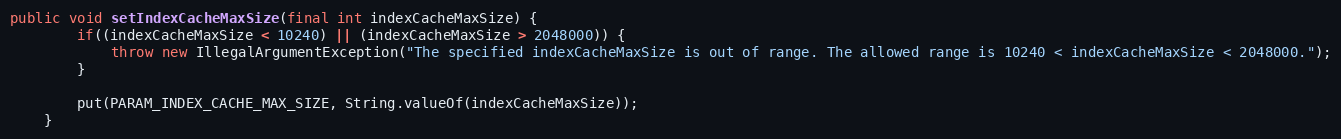
Language: Java
public void setIndexCacheMaxSize(final int indexCacheMaxSize) {
        if((indexCacheMaxSize < 10240) || (indexCacheMaxSize > 2048000)) {
            throw new IllegalArgumentException("The specified indexCacheMaxSize is out of range. The allowed range is 10240 < indexCacheMaxSize < 2048000.");
        }

        put(PARAM_INDEX_CACHE_MAX_SIZE, String.valueOf(indexCacheMaxSize));
    }